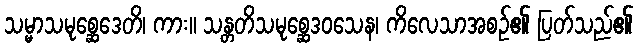
သမ္မာသမုစ္ဆေဒေတိ၊ ကား။ သန္တတိသမုစ္ဆေဒဝသေန၊ ကိလေသာအစဉ်၏ ပြတ်သည်၏